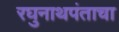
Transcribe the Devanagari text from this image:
रघुनाथपंताचा